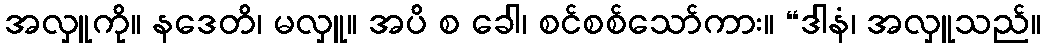
အလှူကို။ နဒေတိ၊ မလှူ။ အပိ စ ခေါ၊ စင်စစ်သော်ကား။ “ဒါနံ၊ အလှူသည်။